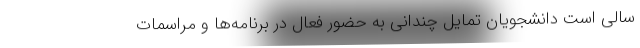
سالی است دانشجویان تمایل چندانی به حضور فعال در برنامه‌ها و مراسمات